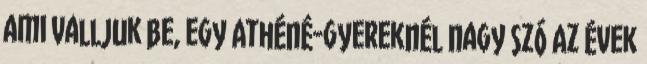
ami valljuk be, egy Athéné-gyereknél nagy szó Az évek